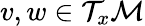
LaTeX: v,w\in\mathcal{T}_{x}\mathcal{M}